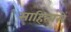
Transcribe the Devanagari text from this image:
साहित्यमें